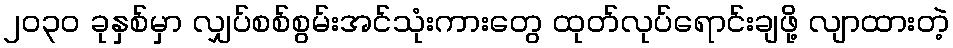
၂၀၃၀ ခုနှစ်မှာ လျှပ်စစ်စွမ်းအင်သုံးကားတွေ ထုတ်လုပ်ရောင်းချဖို့ လျာထားတဲ့